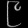
Digit: ၉